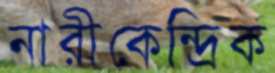
নারীকেন্দ্রিক